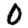
Digit: 0